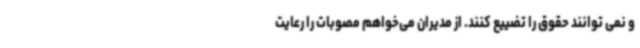
و نمی توانند حقوق را تضییع کنند. از مدیران می‌خواهم مصوبات را رعایت